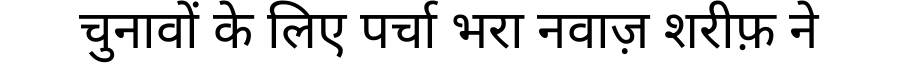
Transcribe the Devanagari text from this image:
चुनावों के लिए पर्चा भरा नवाज़ शरीफ़ ने